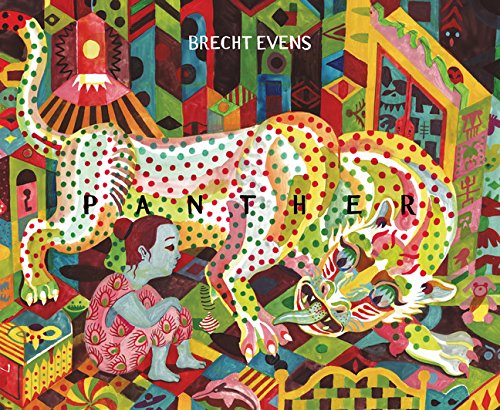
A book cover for Panther; Brecht Evens; Comics & Graphic Novels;